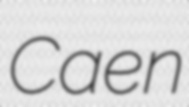
Caen